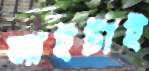
আইটাই